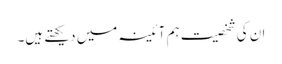
ان کی شخصیت ہم آئینہ میں دیکھتے ہیں۔